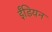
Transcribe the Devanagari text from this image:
ईंडियन